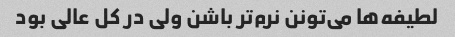
لطیفه‌ها می‌تونن نرم‌تر باشن ولی در کل عالی بود